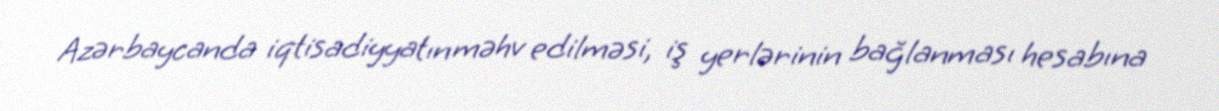
Azərbaycanda iqtisadiyyatın məhv edilməsi, iş yerlərinin bağlanması hesabına